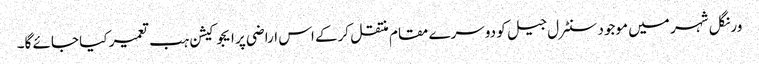
ورنگل شہر میں موجود سنٹرل جیل کو دوسرے مقام منتقل کرکے اس اراضی پر ایجوکیشن ہب تعمیر کیا جائے گا۔